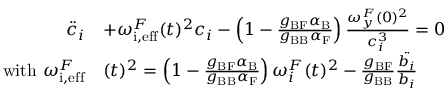
\begin{array} { r l } { \ddot { c } _ { i } } & { + { { \omega _ { \mathrm { i , e f f } } ^ { F } } } ( t ) ^ { 2 } c _ { i } - \left( 1 - \frac { g _ { \mathrm { B F } } \alpha _ { \mathrm { B } } } { g _ { \mathrm { B B } } \alpha _ { \mathrm { F } } } \right) \frac { { \omega _ { y } ^ { F } } ( 0 ) ^ { 2 } } { c _ { i } ^ { 3 } } = 0 } \\ { { \mathrm { w i t h ~ } { \omega _ { \mathrm { i , e f f } } ^ { F } } } } & { ( t ) ^ { 2 } = \left( 1 - \frac { g _ { \mathrm { B F } } \alpha _ { \mathrm { B } } } { g _ { \mathrm { B B } } \alpha _ { \mathrm { F } } } \right) { \omega _ { i } ^ { F } } ( t ) ^ { 2 } - \frac { g _ { \mathrm { B F } } } { g _ { \mathrm { B B } } } \frac { \ddot { b _ { i } } } { b _ { i } } } \end{array}